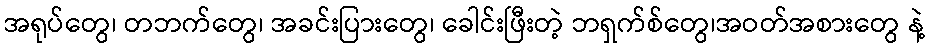
အရုပ်တွေ၊ တဘက်တွေ၊ အခင်းပြားတွေ၊ ခေါင်းဖြီးတဲ့ ဘရှက်စ်တွေ၊အဝတ်အစားတွေ နဲ့